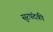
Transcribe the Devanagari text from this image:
सुरपंदकी